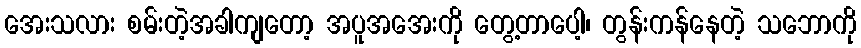
အေးသလား စမ်းတဲ့အခါကျတော့ အပူအအေးကို တွေ့တာပေါ့၊ တွန်းကန်နေတဲ့ သဘောကို